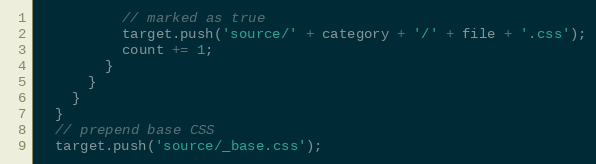
Language: JavaScript
          // marked as true
          target.push('source/' + category + '/' + file + '.css');
          count += 1;
        }
      }
    }
  }
  // prepend base CSS
  target.push('source/_base.css');